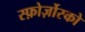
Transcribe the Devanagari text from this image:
स्फ़ोर्ज़ोस्को